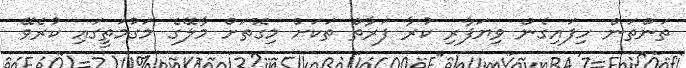
ތަންތަން ހިފައިގެން ވިޔަފާރި ކުރާ ފަރާތް ތަކަށް މިގޮތަށް މާލޭގެ މަގުމަތީގައި ކުރެވޭ